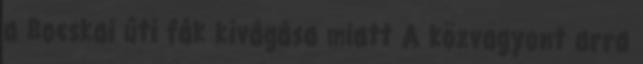
a Bocskai úti fák kivágása miatt A közvagyont arra